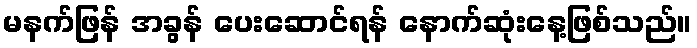
မနက်ဖြန် အခွန် ပေးဆောင်ရန် နောက်ဆုံးနေ့ဖြစ်သည်။